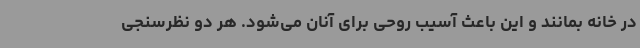
در خانه بمانند و این باعث آسیب روحی برای آنان می‌شود. هر دو نظرسنجی